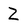
Character: Z